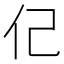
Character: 𮯶